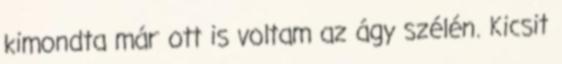
kimondta már ott is voltam az ágy szélén. Kicsit